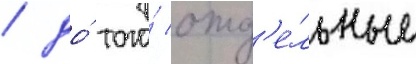
/ до́ того́ отд'е́льные